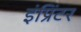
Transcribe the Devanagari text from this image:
इंप्रिंटर